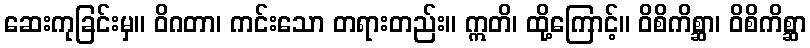
ဆေးကုခြင်းမှ။ ဝိဂတာ၊ ကင်းသော တရားတည်း။ ဣတိ၊ ထို့ကြောင့်။ ဝိစိကိစ္ဆာ၊ ဝိစိကိစ္ဆာ